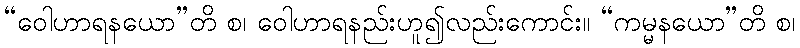
“ဝေါဟာရနယော”တိ စ၊ ဝေါဟာရနည်းဟူ၍လည်းကောင်း။ “ကမ္မနယော”တိ စ၊